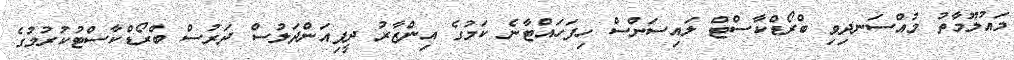
މައުލޫމާތު މުއްސަނދިވި ބްރޯޑްކާސްޓް ލައިސަންސް ހިފަހައްޓާނެ ކަމުގެ އިންޒާރު ދީފިއަންދަލުސް ދަރުސް ބްރޯޑްކާސްޓުކުރުމުގެ